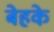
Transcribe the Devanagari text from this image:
बेहके